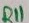
Text: R11